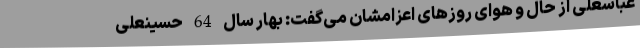
عباسعلی از حال و هوای روزهای اعزامشان می‌گفت: بهار سال 64 حسینعلی